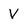
Character: V